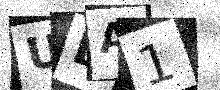
Text: UBA1